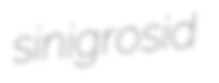
sinigrosid